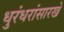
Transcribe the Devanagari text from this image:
धुरंधरांसारखे